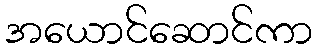
အယောင်ဆောင်ကာ